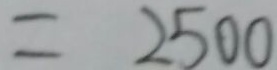
= 2 5 0 0